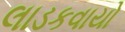
લાડકવાયો